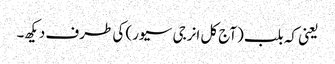
یعنی کہ بلب (آج کل انرجی سیور) کی طرف دیکھ۔